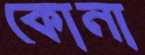
কোনা